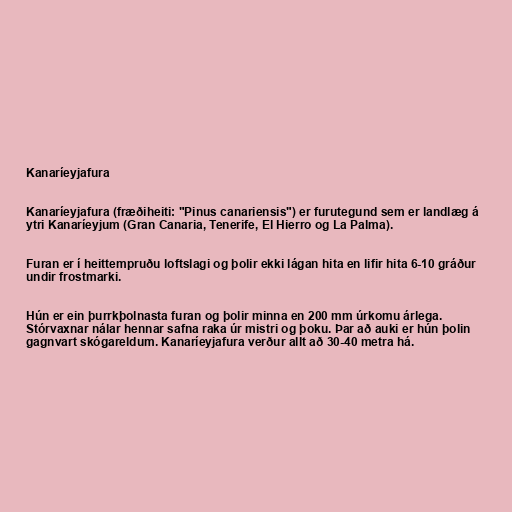
Kanaríeyjafura

Kanaríeyjafura (fræðiheiti: "Pinus canariensis") er furutegund sem er landlæg á
ytri Kanaríeyjum (Gran Canaria, Tenerife, El Hierro og La Palma).

Furan er í heittempruðu loftslagi og þolir ekki lágan hita en lifir hita 6-10 gráður
undir frostmarki.

Hún er ein þurrkþolnasta furan og þolir minna en 200 mm úrkomu árlega.
Stórvaxnar nálar hennar safna raka úr mistri og þoku. Þar að auki er hún þolin
gagnvart skógareldum. Kanaríeyjafura verður allt að 30-40 metra há.